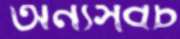
অন্যসবচ